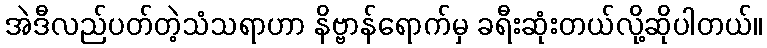
အဲဒီလည်ပတ်တဲ့သံသရာဟာ နိဗ္ဗာန်ရောက်မှ ခရီးဆုံးတယ်လို့ဆိုပါတယ်။